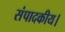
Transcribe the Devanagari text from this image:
संपादकीय।